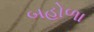
બહોળા